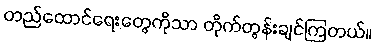
တည်ထောင်ရေးတွေကိုသာ တိုက်တွန်းချင်ကြတယ်။